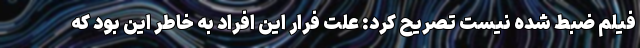
فیلم ضبط شده نیست تصریح کرد: علت فرار این افراد به خاطر این بود که